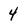
Character: 4